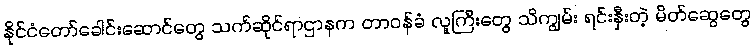
နိုင်ငံတော်ခေါင်းဆောင်တွေ သက်ဆိုင်ရာဌာနက တာဝန်ခံ လူကြီးတွေ သိကျွမ်း ရင်းနှီးတဲ့ မိတ်ဆွေတွေ